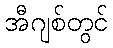
အီဂျစ်တွင်